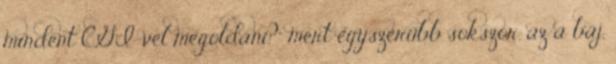
mindent CGI-vel megoldani?” mert egyszerűbb sokszor. az a baj,